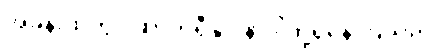
အခန်းထဲတွင် ဆာဘရီနှင့် နာဒါတို့ရှိနေကြသည်။